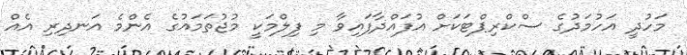
މަހުދީ އަހުމަދުގެ ސްކްރިޕްޓަކަށް އުފައްދާފައިވާ މި ފިލްމަކީ މުޖުތަމައުގެ އެންމެ އަނދިރި އެއް